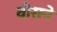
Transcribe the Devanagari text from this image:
वीसने